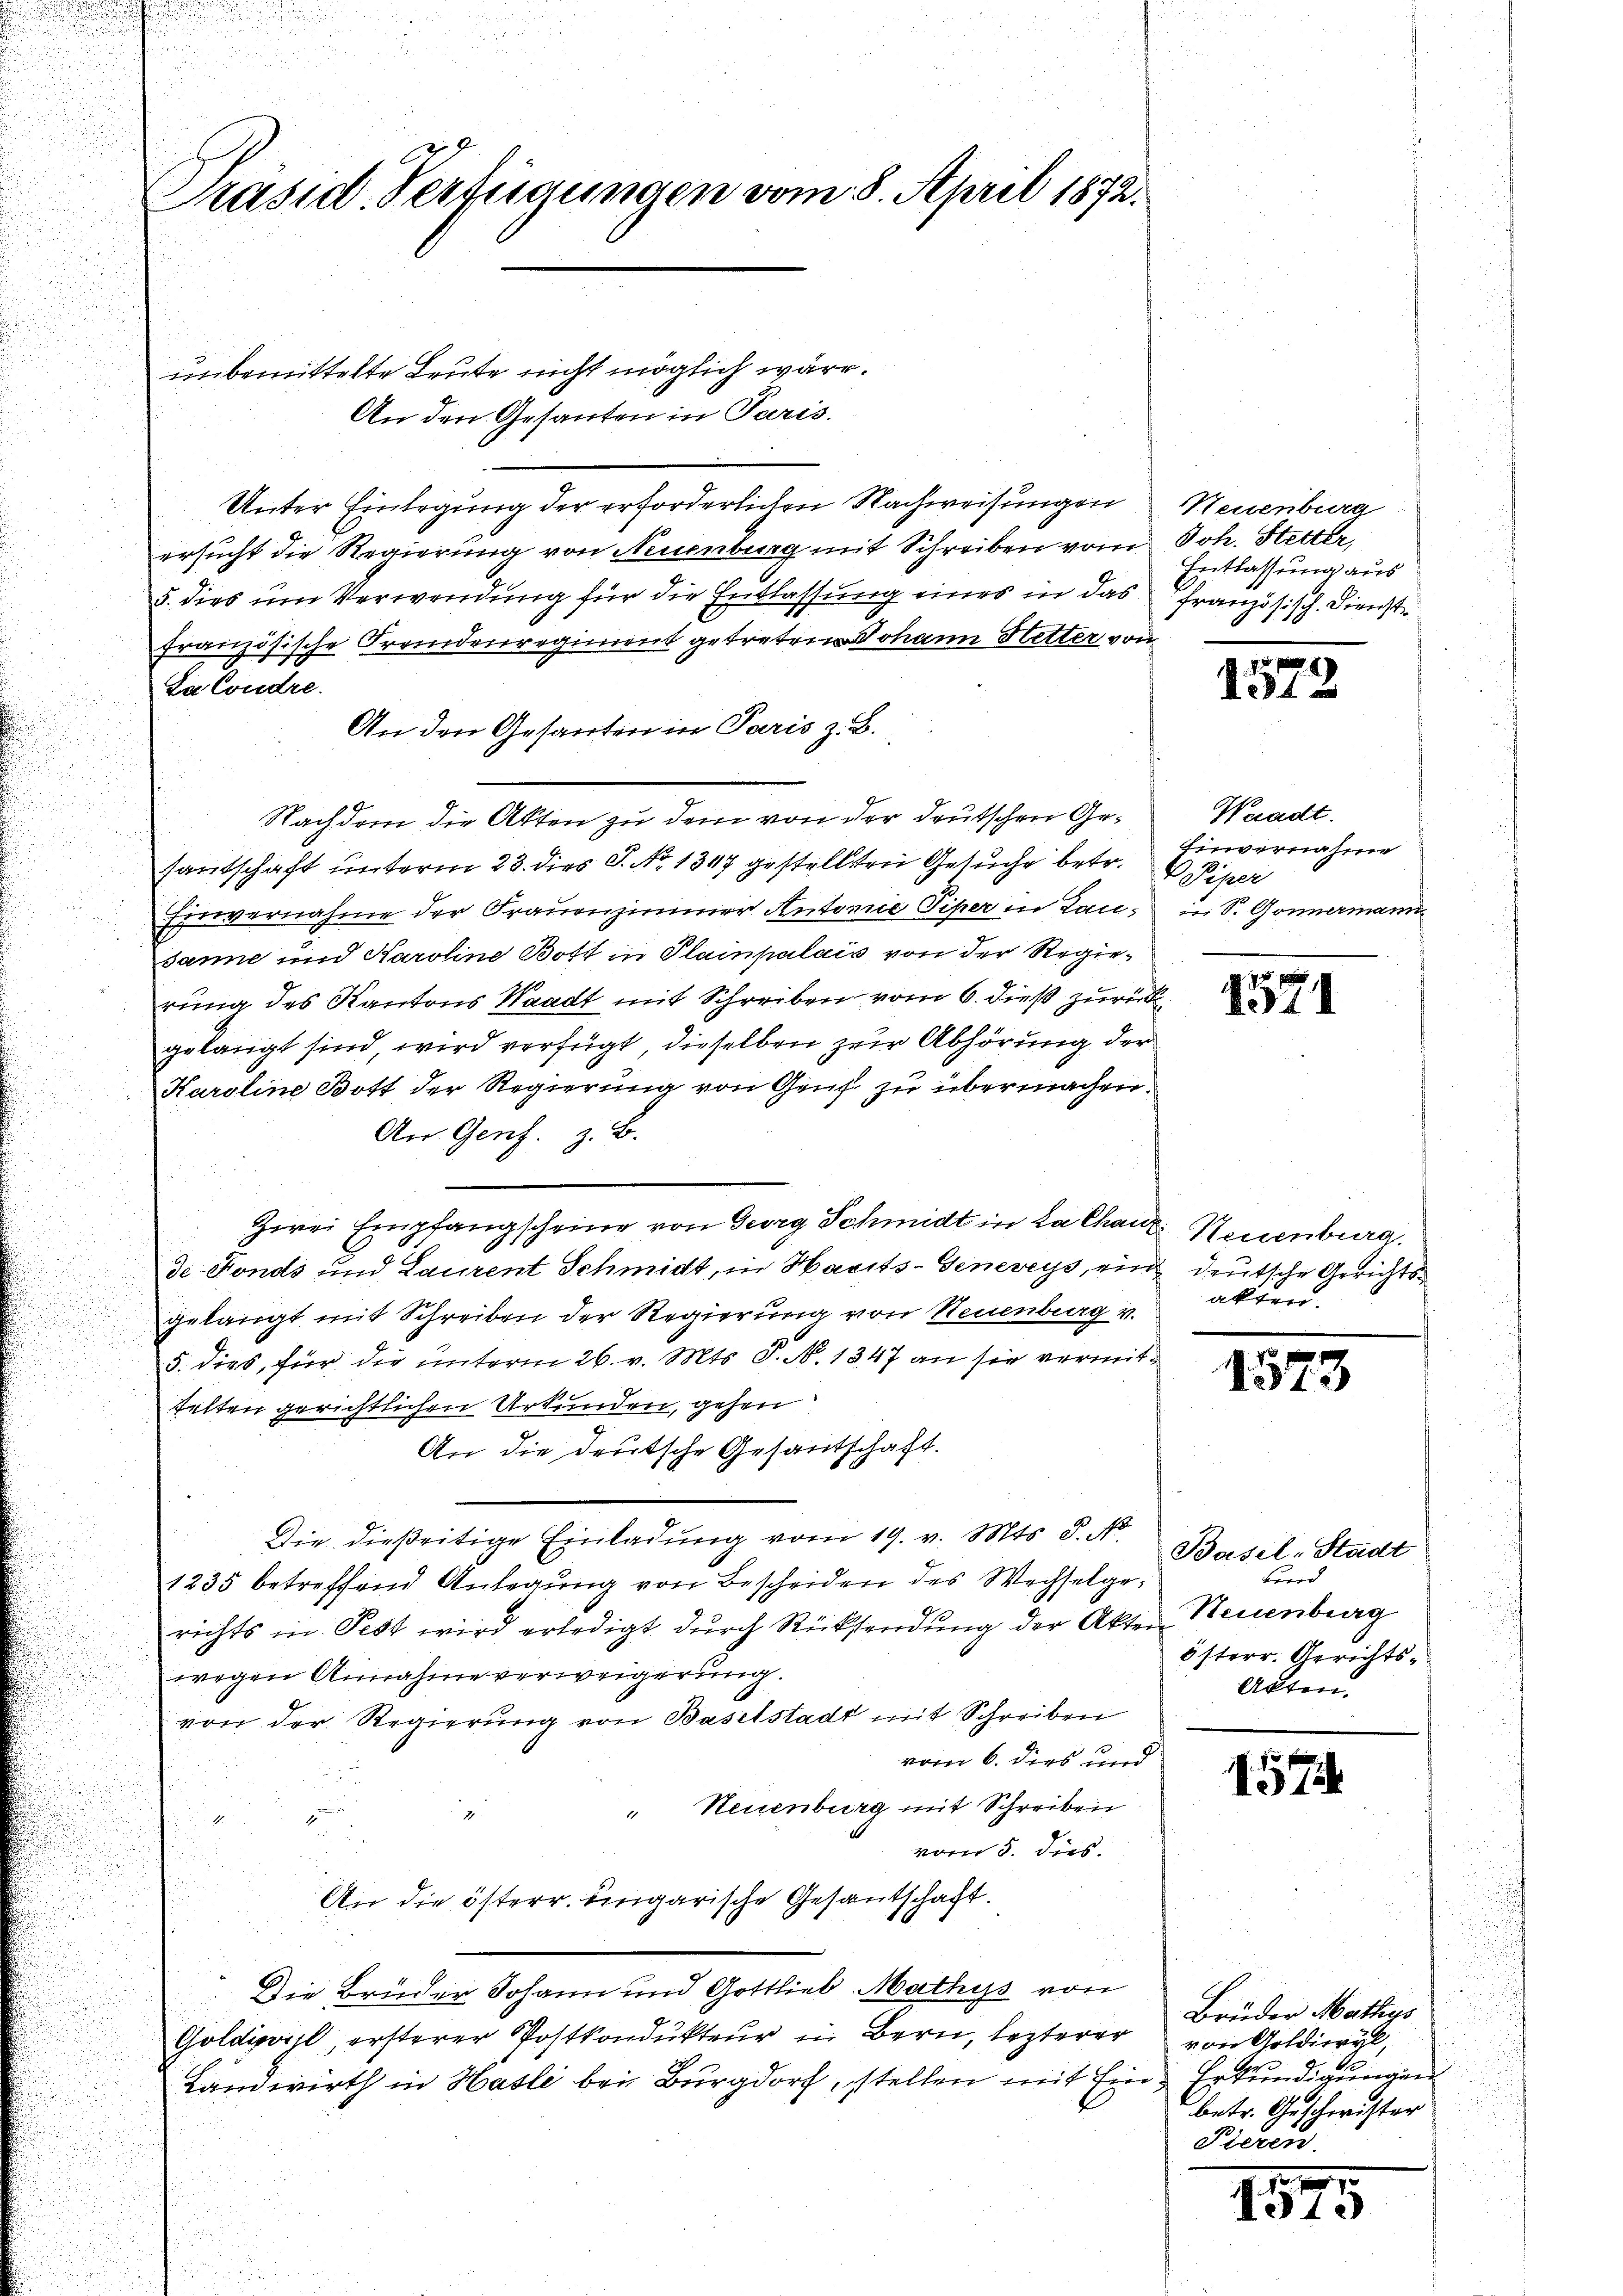
d

unbemittelte Leute nicht möglich wäre.
An den Gesanten in Paris.
Unter Einlegung der erforderlichen Nachweisungen Neuenburg
ersucht die Regierung von Neuenburg mit Schreiben vom Joh. Stetter,
5. dies um Verwendung für die Entlassung eines in das Französisch. Dienstfranzösische Fremdenregiment getreten Johann Hetter von
La Condre.
An den Gesanten in Paris z. B.
Nachdem die Akten zu dem von der deutschen Ge¬
u
santschaft unterm 23. dies P. No 1347 gestellten Gesuche betr.
Einvernahme der Frauenzimmer Antonie Piper in Lan¬
Janne und Karoline Bott in Plainpalais von der Regierung des Kantons Waadt mit Schreiben vom 6. dieß zurück
gelangt sind, wird verfügt, dieselben zur Abhörung der
Karoline Bott der Regierung von Gruf zu übermachen.
An Gens. z. B.
Zwei Empfangscheine von Georg Schmidt in La Chauz Neuenburg.
de Fonds und Laurent Schmidt, in Harits-Genereys, ein deutsche Gerichtsgelangt mit Schreiben der Regierung von Neuenburg v.
5. dies, für die unterm 26. v. Mts. S. N. 1347 an sie vermittelten gerichtlichen Urkunden, gehen
An die deutsche Gesandschaft.
Die dießeitige Einladung vom 19. v. Mts. 8. No
1235 betreffend Anlegung von Bescheiden des Wechselgerichts in Fest wird erledigt durch Rücksendung der Akten Neuenburg
wegen Annahme verweigerung.
von der Regierung von Baselstadt mit Schreiben
vom 6. dies und
" Neuenburg mit Schreiben
2
vom 5. dies
An die österr. eingarische Gesandschaft.
Die Brüder Johann und Gottlieb Mathys von
Goldivisl, ersterer Postkondukteur in Bern, lezterer
Landwirth in Hasle bei Burgdorf stellen mit Ein Erkundigungen

Präsid. Verfügungen vom 8. April 1872.

Entlassung aus

Waadt.
Einvernahme
eper
in Sr. Gonnermann

akten.

1573

1571

1573

Basel-Stadt
wird
österr. Gerichts¬
Akten.

157

Brüder Mathys
von Goldiwyl,
betr. Geschwister
Pieren.

1575